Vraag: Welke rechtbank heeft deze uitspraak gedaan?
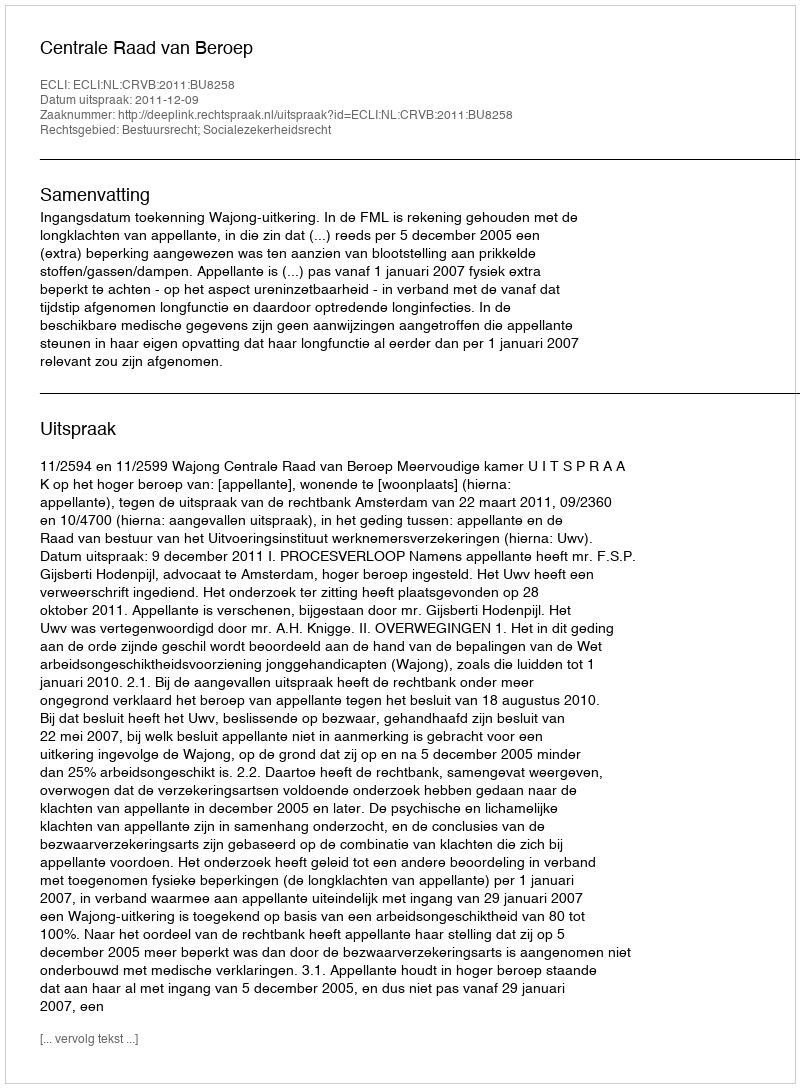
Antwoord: Centrale Raad van Beroep